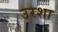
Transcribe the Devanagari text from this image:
उरशा